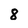
Character: 8